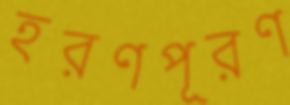
হরণপূরণ